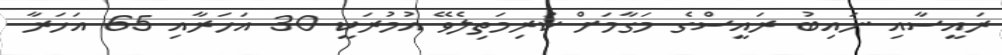
ރައީސާއި ނައިބު ރައީސްގެ މަގާމަށް ކުރިމަތިލެވޭ އުމުރަކީ 30 އަހަރާއި 65 އަހަރާ